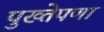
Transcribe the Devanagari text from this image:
पुख्तेपणा